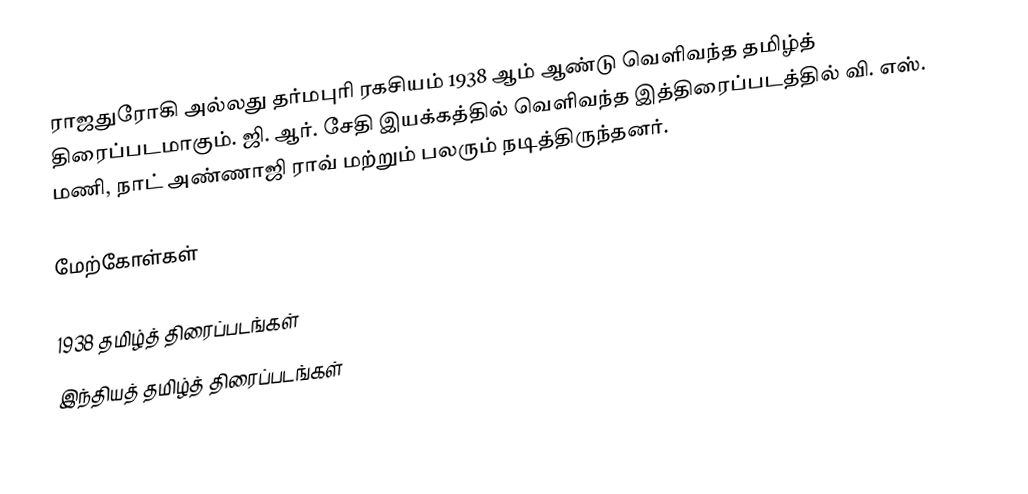
ராஜதுரோகி அல்லது தர்மபுரி ரகசியம் 1938 ஆம் ஆண்டு வெளிவந்த தமிழ்த் திரைப்படமாகும். ஜி. ஆர். சேதி இயக்கத்தில் வெளிவந்த இத்திரைப்படத்தில் வி. எஸ். மணி, நாட் அண்ணாஜி ராவ் மற்றும் பலரும் நடித்திருந்தனர்.

மேற்கோள்கள்

1938 தமிழ்த் திரைப்படங்கள்
இந்தியத் தமிழ்த் திரைப்படங்கள்